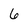
Character: 6